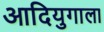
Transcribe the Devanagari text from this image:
आदियुगाला